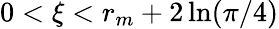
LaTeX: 0<\xi<r_{m}+2\ln(\pi/4)